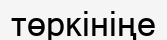
төркініңе